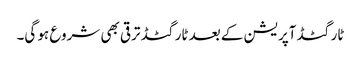
ٹارگٹڈ آپریشن کے بعد ٹارگٹڈ ترقی بھی شروع ہو گی۔